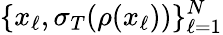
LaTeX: \{ x_{\ell},\sigma_{T}(\rho(x_{\ell}))\} _{\ell=1}^{N}